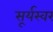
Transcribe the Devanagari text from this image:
सूर्यस्वर